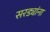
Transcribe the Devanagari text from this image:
सरड्यांना